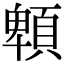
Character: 䫌